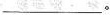
\underline。